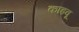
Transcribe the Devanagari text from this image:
काइवू